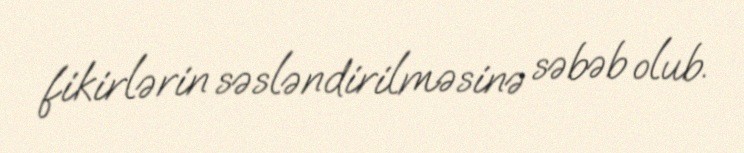
fikirlərin səsləndirilməsinə səbəb olub.